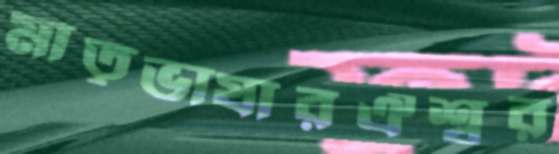
মাতৃভাষারঐশ্বর